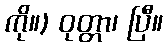
ကို။) ဝုတ္တာ၊ ပြီ။